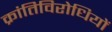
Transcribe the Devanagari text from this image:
क्रांतिविरोधियों